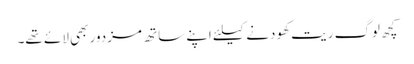
کچھ لوگ ریت کھودنے کیلئے اپنے ساتھ مزدور بھی لائے تھے۔